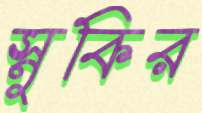
স্নুকির